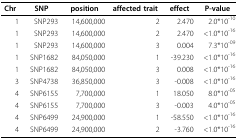
| Chr | SNP | position | affected trait | effect | P-value |
 | --- | --- | --- | --- | --- | --- |
 | 1 | SNP293 | 14,600,000 | 2 | 2.470 | 2.0*10-10 |
 | 1 | SNP293 | 14,600,000 | 2 | 2.470 | <1.0*10-16 |
 | 1 | SNP293 | 14,600,000 | 3 | 0.004 | 7.3*10-09 |
 | 1 | SNP1682 | 84,050,000 | 1 | -39.230 | <1.0*10-16 |
 | 1 | SNP1682 | 84,050,000 | 3 | 0.008 | <1.0*10-16 |
 | 3 | SNP4738 | 36,850,000 | 3 | -0.008 | <1.0*10-16 |
 | 4 | SNP6155 | 7,700,000 | 1 | 18.050 | 8.0*10-05 |
 | 4 | SNP6155 | 7,700,000 | 3 | -0.003 | 4.0*10-05 |
 | 4 | SNP6499 | 24,900,000 | 1 | -58.550 | <1.0*10-16 |
 | 4 | SNP6499 | 24,900,000 | 2 | -3.760 | <1.0*10-16 |